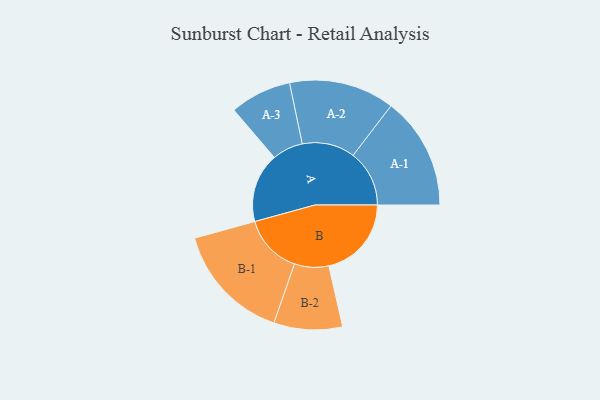
{"axis": {"x": "Segment", "y": "Value"}, "legend": ["", "A", "B"], "data": [{"x": "A", "y": 316, "type": ""}, {"x": "B", "y": 376, "type": ""}, {"x": "A-1", "y": 256, "type": "A"}, {"x": "A-2", "y": 240, "type": "A"}, {"x": "A-3", "y": 140, "type": "A"}, {"x": "B-1", "y": 270, "type": "B"}, {"x": "B-2", "y": 156, "type": "B"}]}